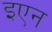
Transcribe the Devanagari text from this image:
इएन